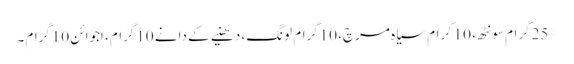
*25گرام سونٹھ، 10گرام سیاہ مرچ، 10گرام لونگ، دھنیے کے دانے 10گرام، اجوائن 10گرام۔